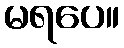
မရပေ။